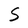
Character: S